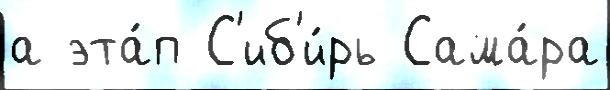
а эта́п С'иб'и́рь Сама́ра